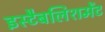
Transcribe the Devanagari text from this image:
इस्‍टैबलिशमेंट